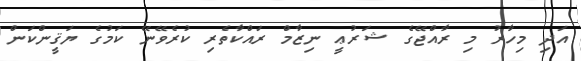
އަދި މިހާރު މި ރާއްޖޭގެ ޝަރުޢީ ނިޒާމް ރައްކާތެރި ކުރެވޭނޭ ކަމުގެ ޔަޤީންކަން